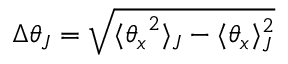
\Delta { \theta } _ { J } = \sqrt { \langle { \theta _ { x } } ^ { 2 } \rangle _ { J } - \langle { \theta _ { x } } \rangle _ { J } ^ { 2 } }